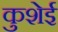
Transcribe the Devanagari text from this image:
कुशेई